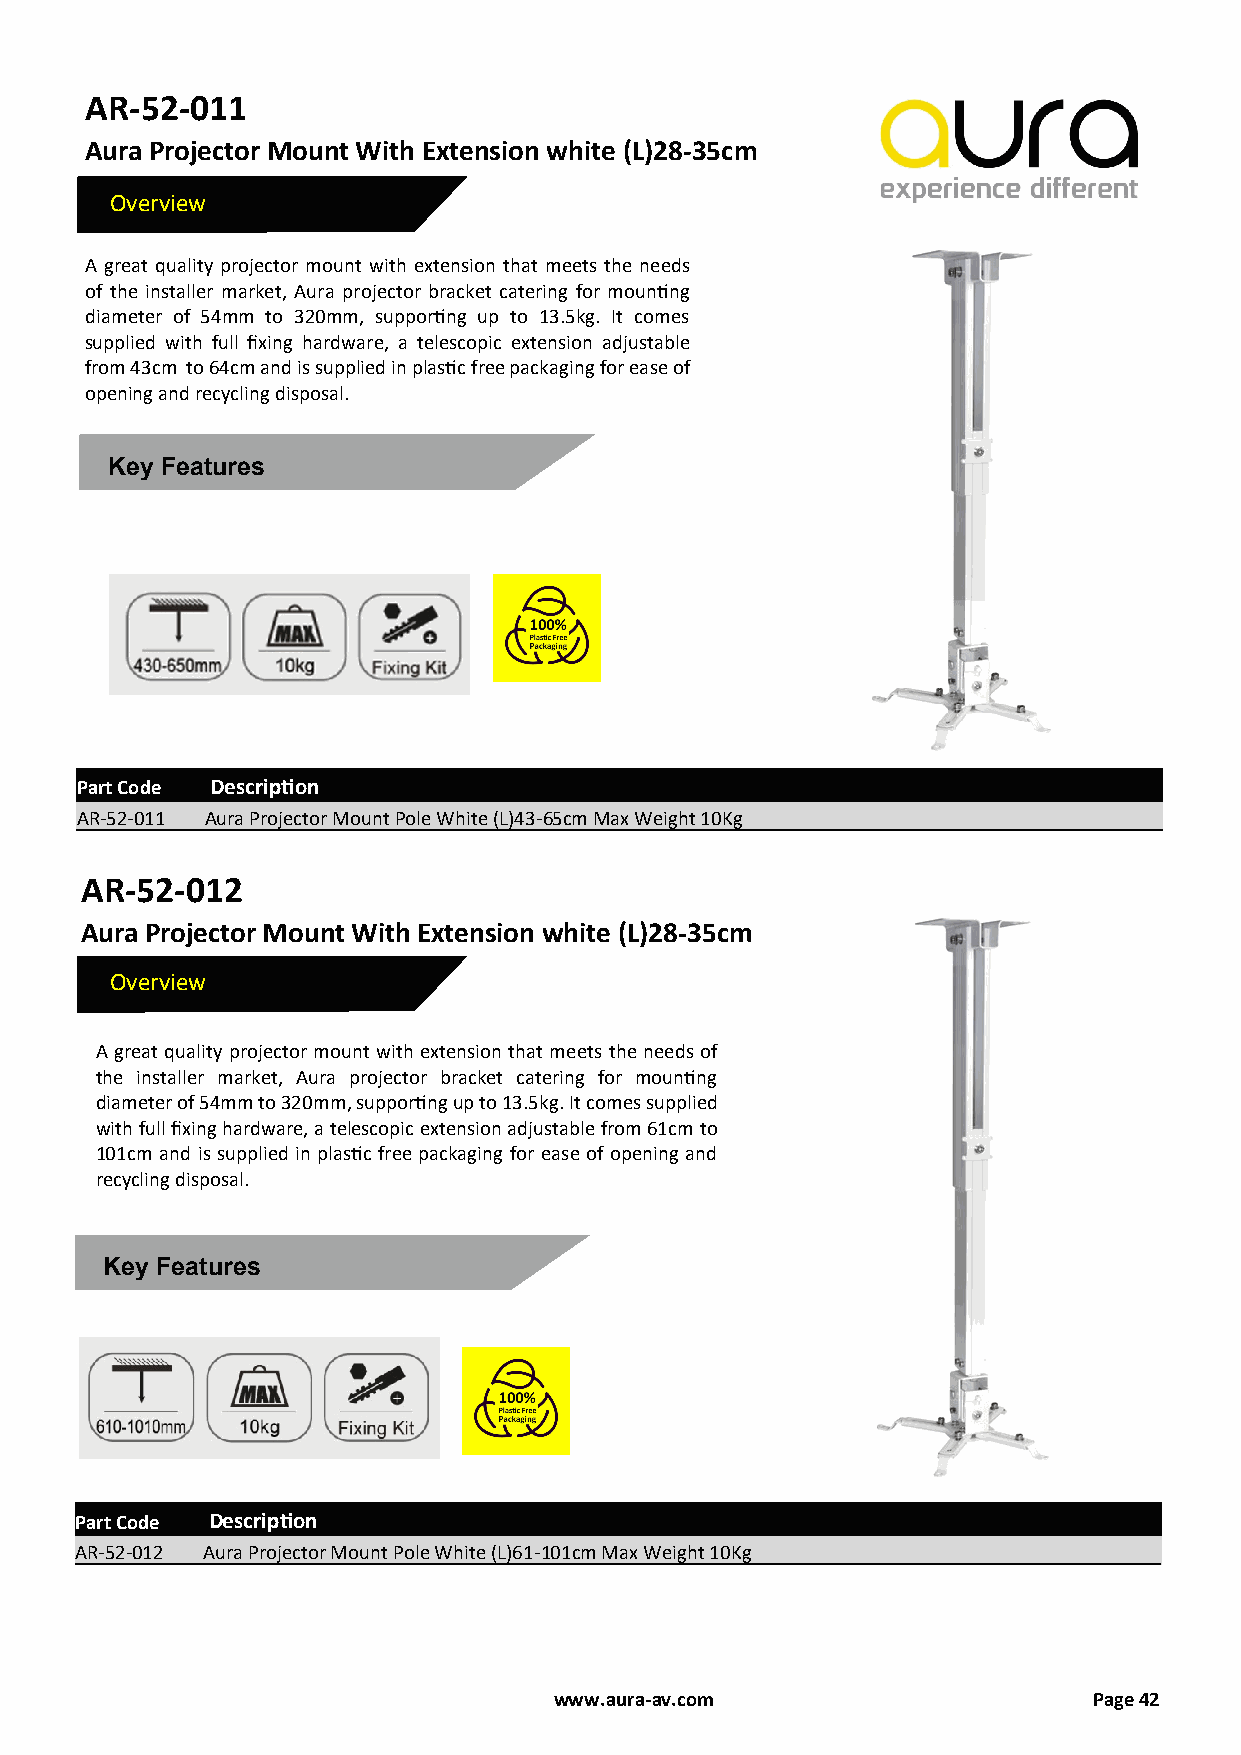
AR-52-011
 Aura Projector Mount With Extension white (L)28-35cm
 Overview
 A great quality projector mount with extension that meets the needs
 of the installer market, Aura projector bracket catering for mounting
 diameter of 54mm to 320mm, supporting up to 13.5kg. It comes
 supplied with full fixing hardware, a telescopic extension adjustable
 from 43cm to 64cm and is supplied in plastic free packaging for ease of
 opening and recycling disposal.
 Key Features
 Part Code Description
 AR-52-011 Aura Projector Mount Pole White (L)43-65cm Max Weight 10Kg
 AR-52-012
 Aura Projector Mount With Extension white (L)28-35cm
 Overview
 A great quality projector mount with extension that meets the needs of
 the installer market, Aura projector bracket catering for mounting
 diameter of 54mm to 320mm, supporting up to 13.5kg. It comes supplied
 with full fixing hardware, a telescopic extension adjustable from 61cm to
 101cm and is supplied in plastic free packaging for ease of opening and
 recycling disposal.
 Key Features
 Part Code Description
 AR-52-012 Aura Projector Mount Pole White (L)61-101cm Max Weight 10Kg
 www.aura-av.com                    Page 42